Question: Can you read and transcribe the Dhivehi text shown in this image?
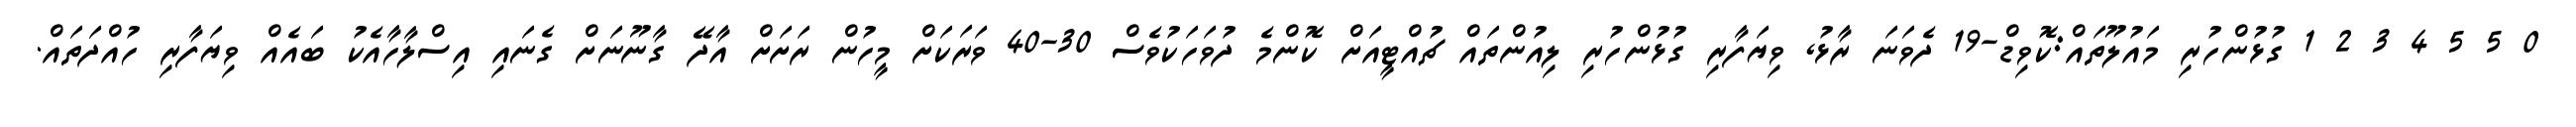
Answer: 0 5 5 4 3 2 1 ގުޅުންހުރި މައުލޫތައް:ކޮވިޑް-19 ދެވަނަ ރާޅު, ވިޔަފާރި ގުޅުންހުރި ލިއުންތައް ޗުއްޓީއަށް ކޮންމެ ދުވަހަކުވެސް 30-40 ވަރަކަށް މީހުން ރަށަށް އާދޭ ގާނޫނަށް ގެނައި އިސްލާހާއެކު ބައެއް ވިޔަފާރި ހުއްދަތައް.